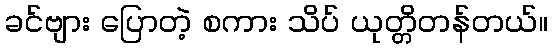
ခင်ဗျား ပြောတဲ့ စကား သိပ် ယုတ္တိတန်တယ်။